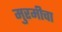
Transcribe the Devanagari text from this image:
मुरमीचा